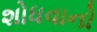
શોધવાનો